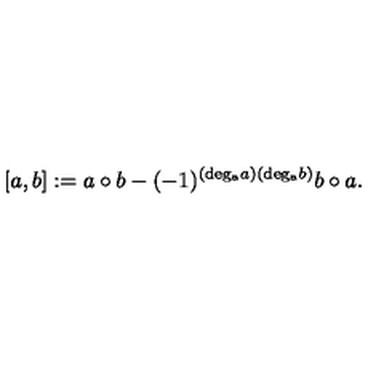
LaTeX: [ a , b ] : = a \circ b - ( - 1 ) ^ { ( \mathrm { d e g _ { a } } a ) ( \mathrm { d e g _ { a } } b ) } b \circ a .